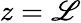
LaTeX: z=\mathscr{L}